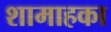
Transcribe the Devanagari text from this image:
शामाहका